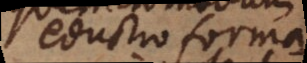
eductio formarum